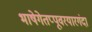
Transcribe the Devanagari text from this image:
भाषेगेतप्पूवरयारगंदा